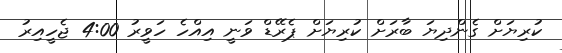
ކުރިޔަށް ގެންދިޔަ ބާރަށް ކުރިޔަށް ޕެރޭޑް ވަނީ އިއްހެ ހަވީރު 4:00 ޖެހީއިރު